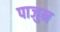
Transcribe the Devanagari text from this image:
पाजुन